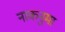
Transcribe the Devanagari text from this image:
नाकनुमा